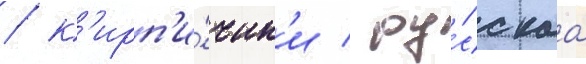
/ к'ирп'и́чик'и / ру́сскаа